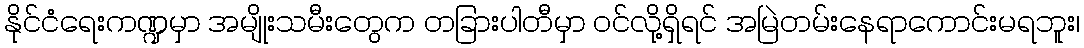
နိုင်ငံရေးကဏ္ဍမှာ အမျိုးသမီးတွေက တခြားပါတီမှာ ဝင်လို့ရှိရင် အမြဲတမ်းနေရာကောင်းမရဘူး၊